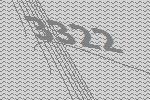
3322